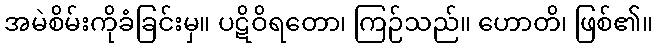
အမဲစိမ်းကိုခံခြင်းမှ။ ပဋိဝိရတော၊ ကြဉ်သည်။ ဟောတိ၊ ဖြစ်၏။